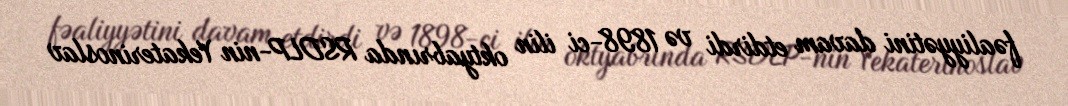
fəaliyyətini davam etdirdi və 1898-ci ilin oktyabrında RSDLP-nin Yekaterinoslav